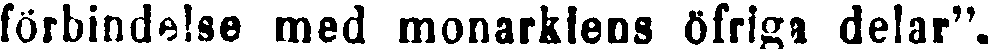
förbindelse med monarkiens öfriga delar".